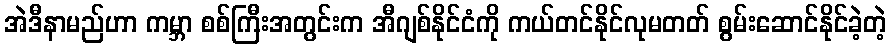
အဲဒီနာမည်ဟာ ကမ္ဘာ စစ်ကြီးအတွင်းက အီဂျစ်နိုင်ငံကို ကယ်တင်နိုင်လုမတတ် စွမ်းဆောင်နိုင်ခဲ့တဲ့